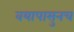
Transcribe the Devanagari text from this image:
वयापासुनच